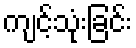
ကျင့်သုံးခြင်း